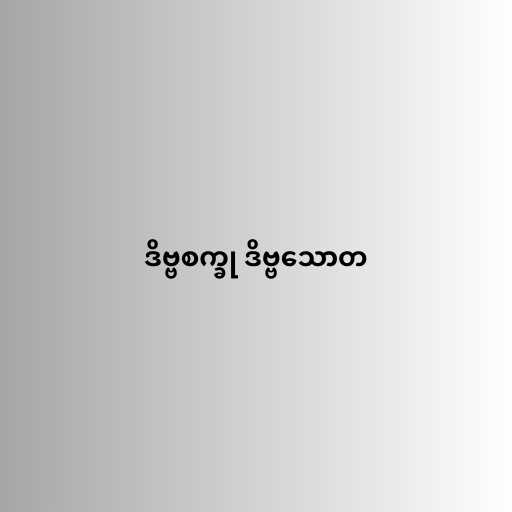
ဒိဗ္ဗစက္ခု ဒိဗ္ဗသောတ